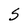
Character: 5